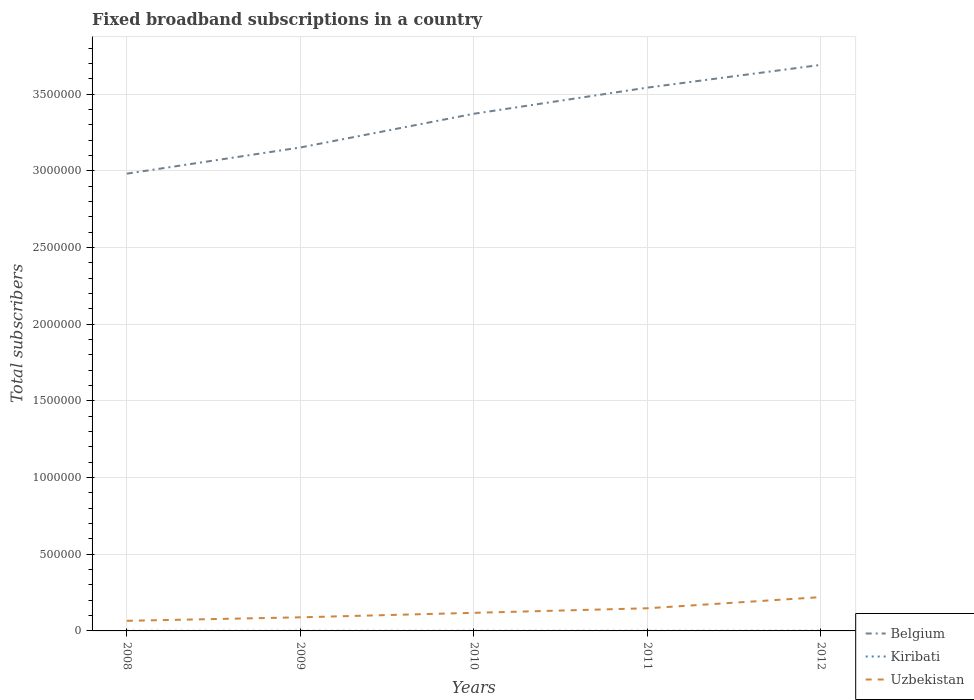
| Years | Belgium | Kiribati | Uzbekistan |
 | --- | --- | --- | --- |
 | 2008 | 2.98e+06 | 685 | 6.6e+04 |
 | 2009 | 3.15e+06 | 765 | 8.87e+04 |
 | 2010 | 3.37e+06 | 846 | 1.18e+05 |
 | 2011 | 3.54e+06 | 920 | 1.48e+05 |
 | 2012 | 3.69e+06 | 1e+03 | 2.21e+05 |